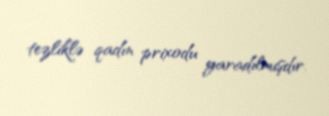
tezliklə qadın prixodu yaradılmışdır.